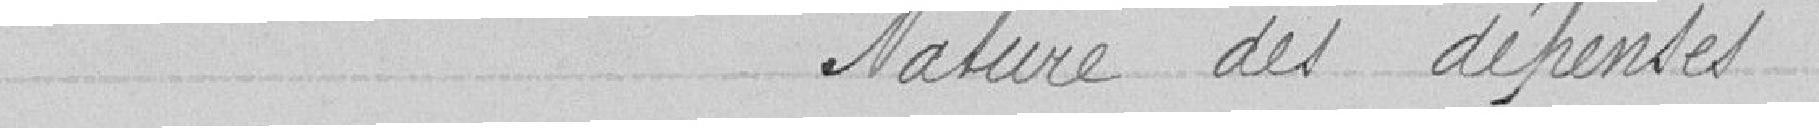
Nature des dépenses